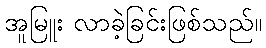
အူမြူး လာခဲ့ခြင်းဖြစ်သည်။